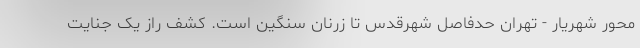
محور شهریار - تهران حدفاصل شهرقدس تا زرنان سنگین است. کشف راز یک جنایت